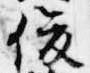
俊